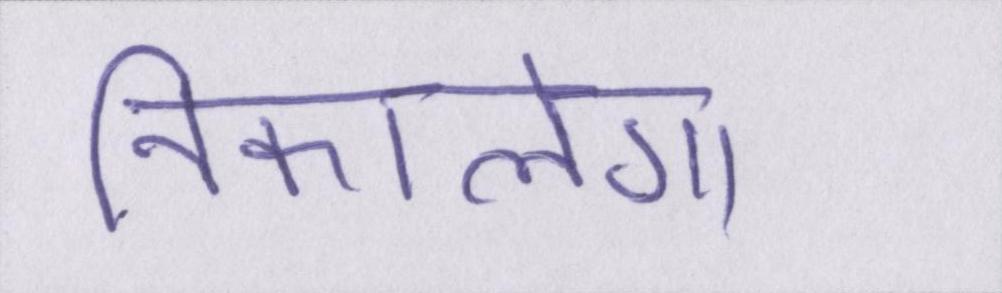
निकालेगा